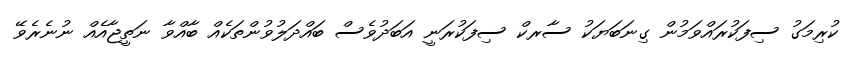
ކުރިމަގު ސިފަކުރައްވަމުން ގިނަބަޔަކު ސާރކް ސިފަކުރަނީ އަބަދުވެސް ބައްދަލުވުންތަކެއް ބާއްވާ ނަތީޖާއެއް ނުނެރެވޭ